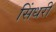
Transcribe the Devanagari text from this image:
सिंधरी